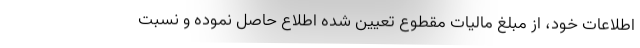
اطلاعات خود، از مبلغ مالیات مقطوع تعیین شده اطلاع حاصل نموده و نسبت